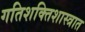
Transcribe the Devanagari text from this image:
गतिशक्तिशास्त्रात